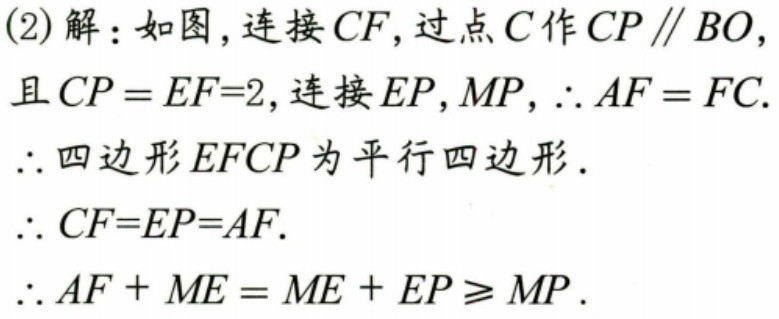
(2) 解：如图, 连接 \(CF\), 过点 \(C\) 作 \(CP\parallel BO\)，且 \(CP = EF = 2\), 连接 \(EP,MP\), \(\therefore AF = FC\).
\(\therefore\) 四边形 \(EFCP\) 为平行四边形.
\(\therefore CF = EP = AF\).
\(\therefore AF + ME = ME + EP\geqslant MP\).